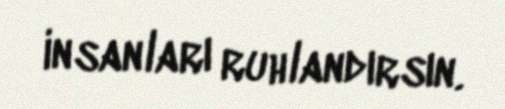
insanları ruhlandırsın.